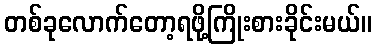
တစ်ခုလောက်တော့ရဖို့ကြိုးစားခိုင်းမယ်။